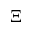
\Xi